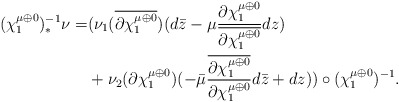
\begin{align*}(\chi_1^{\mu\oplus 0})^{-1}_*\nu=&(\nu_1 (\overline{\partial \chi_1^{\mu\oplus 0}})(d\bar z-\mu\frac{{\partial \chi_1^{\mu\oplus 0}}}{\overline{\partial \chi_1^{\mu\oplus 0}}}dz)\\ &+\nu_2 (\partial \chi_1^{\mu\oplus 0})(-\bar\mu\frac{\overline{\partial \chi_1^{\mu\oplus 0}}}{\partial \chi_1^{\mu\oplus 0}}d\bar z+dz) )\circ(\chi_1^{\mu\oplus 0})^{-1}.\end{align*}